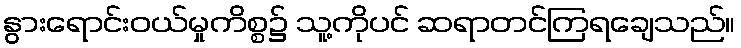
နွားရောင်းဝယ်မှုကိစ္စ၌ သူ့ကိုပင် ဆရာတင်ကြရချေသည်။